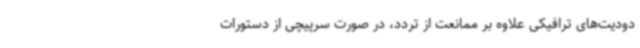
دودیت‌های ترافیکی علاوه بر ممانعت از تردد، در صورت سرپیچی از دستورات